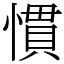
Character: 慣